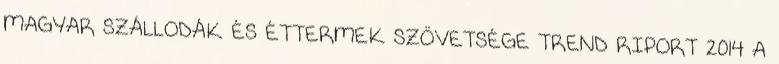
MAGYAR SZÁLLODÁK ÉS ÉTTERMEK SZÖVETSÉGE TREND RIPORT 2014 A